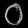
Digit: ၀